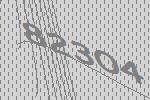
82304